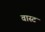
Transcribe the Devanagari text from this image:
वास्ट